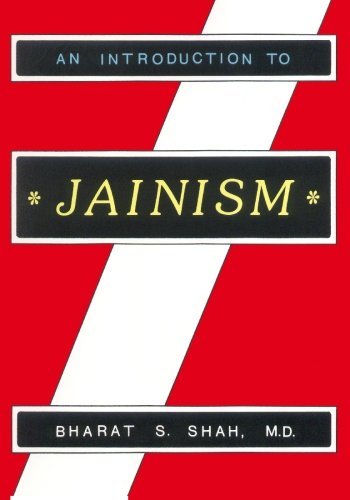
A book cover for An Introduction to Jainism; Bharat S. Shah; Religion & Spirituality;